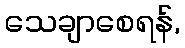
သေချာစေရန်,